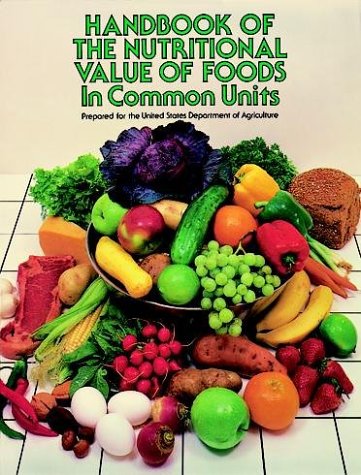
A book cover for Handbook of the Nutritional Value of Foods in Common Units; U.S. Dept. of Agriculture; Cookbooks, Food & Wine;